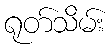
ရုတ်သိမ်း